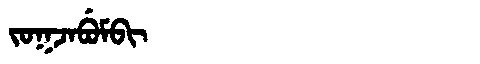
Manchu: ᠵᠣᡴᠵᠠᠪᡠᠮᠪᡳ
Romanization: JOKJABUMBI